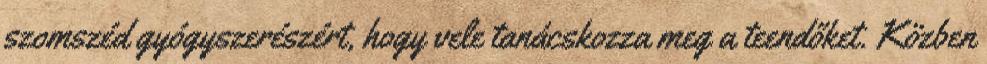
szomszéd gyógyszerészért, hogy vele tanácskozza meg a teendőket. Közben